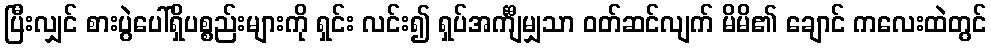
ပြီးလျှင် စားပွဲပေါ်ရှိပစ္စည်းများကို ရှင်း လင်း၍ ရှပ်အင်္ကျီမျှသာ ဝတ်ဆင်လျက် မိမိ၏ ချောင် ကလေးထဲတွင်